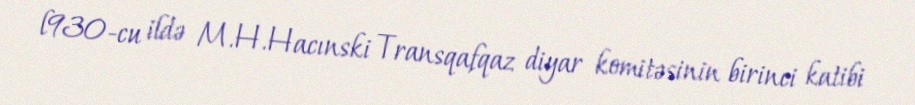
l930-cu ildə M.H.Hacınski Transqafqaz diyar komitəsinin birinci katibi